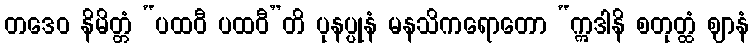
တဒေဝ နိမိတ္တံ “ပထဝီ ပထဝီ”တိ ပုနပ္ပုနံ မနသိကရောတော “ဣဒါနိ စတုတ္ထံ ဈာနံ